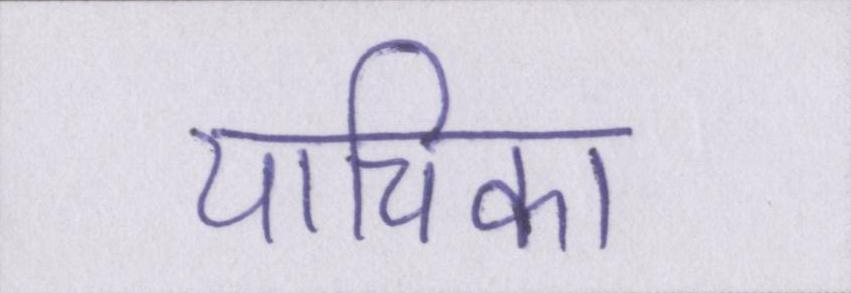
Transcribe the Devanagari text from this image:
याचिका